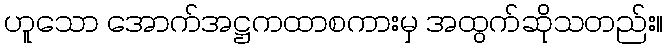
ဟူသော အောက်အဋ္ဌကထာစကားမှ အထွက်ဆိုသတည်း။